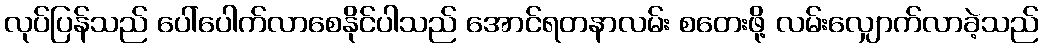
လုပ်ပြန်သည် ပေါ်ပေါက်လာစေနိုင်ပါသည် အောင်ရတနာလမ်း စတေးဖို့ လမ်းလျှောက်လာခဲ့သည်